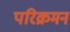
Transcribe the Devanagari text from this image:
परिक्रमन